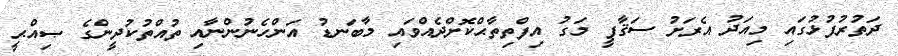
ދަތުރުފުޅުގައި މިއަދު އެރަށު ސަޤާފީ މަގު އިފްތިތާޙްކޮށްދެއްވައި މާބަނޑު އަންހެނުންނާއި ތުއްތުކުދީންގެ ޞިއްޙީ